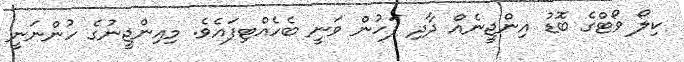
ކިލޯ ވޯޓްގެ ބޮޑު އިންޖީނެއް ދާދި ފަހުން ވަނީ ބެހެއްޓިފައެވެ. މިއިންޖީނުގެ ހުންނަނީ